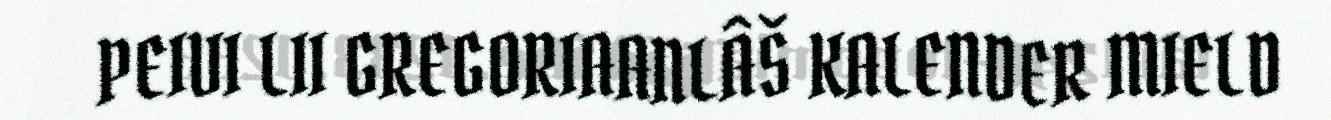
PEIVI LII GREGORIAANLÂŠ KALENDER MIELD